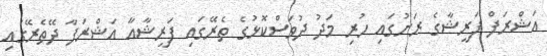
އަޝްރަފް ފަރީޝާގެ ރަށުގައި ހުރި މަދު ދުވަސްކޮޅުގެ ތެރޭގައި ފަރީޝާއާ އަޝްރަފާ ދޭތެރޭގައި